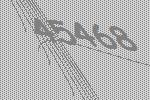
45468